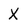
Character: X